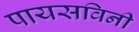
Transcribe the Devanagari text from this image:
पायसविनी